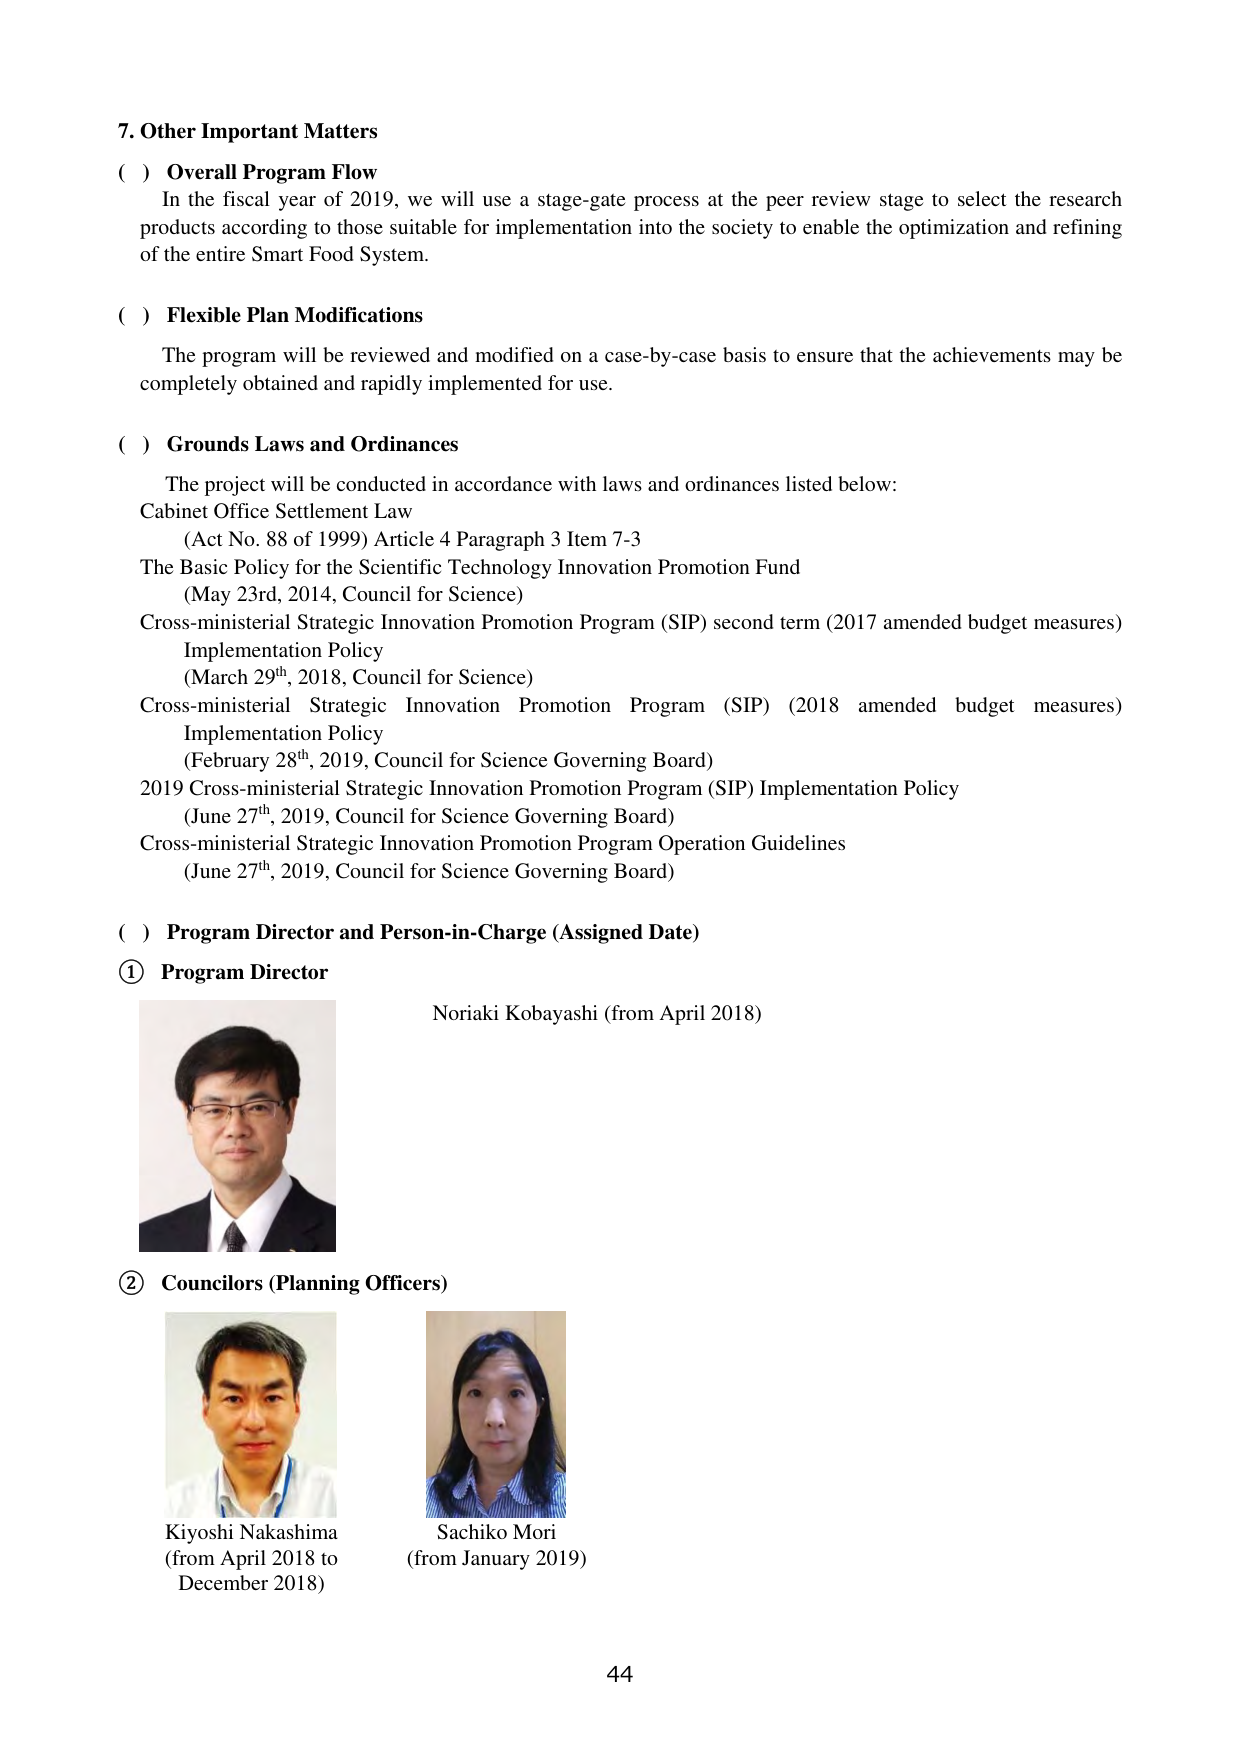
7. Other Important Matters

( ) Overall Program Flow
In the fiscal year of 2019, we will use a stage-gate process at the peer review stage to select the research products according to those suitable for implementation into the society to enable the optimization and refining of the entire Smart Food System.

( ) Flexible Plan Modifications
The program will be reviewed and modified on a case-by-case basis to ensure that the achievements may be completely obtained and rapidly implemented for use.

( ) Grounds Laws and Ordinances
The project will be conducted in accordance with laws and ordinances listed below:
Cabinet Office Settlement Law
(Act No. 88 of 1999) Article 4 Paragraph 3 Item 7-3
The Basic Policy for the Scientific Technology Innovation Promotion Fund
(May 23rd, 2014, Council for Science)
Cross-ministerial Strategic Innovation Promotion Program (SIP) second term (2017 amended budget measures) Implementation Policy
(March 29th, 2018, Council for Science)
Cross-ministerial Strategic Innovation Promotion Program (SIP) (2018 amended budget measures) Implementation Policy
(February 28th, 2019, Council for Science Governing Board)
2019 Cross-ministerial Strategic Innovation Promotion Program (SIP) Implementation Policy
(June 27th, 2019, Council for Science Governing Board)
Cross-ministerial Strategic Innovation Promotion Program Operation Guidelines
(June 27th, 2019, Council for Science Governing Board)

( ) Program Director and Person-in-Charge (Assigned Date)
① Program Director
Noriaki Kobayashi (from April 2018)

② Councilors (Planning Officers)
Kiyoshi Nakashima
(from April 2018 to December 2018)
Sachiko Mori
(from January 2019)

44